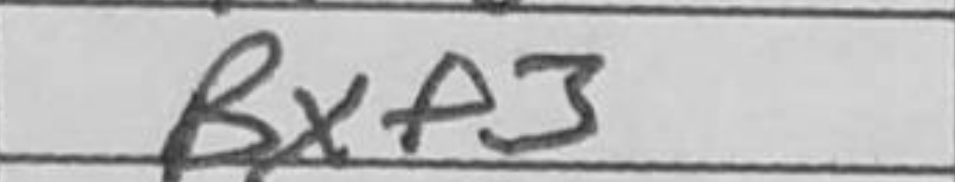
Transcription: Bxf3